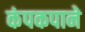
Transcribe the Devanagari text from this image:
कंपकपाने